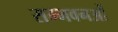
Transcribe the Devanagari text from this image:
सम्भवनओं